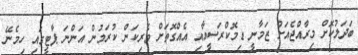
ބަދަލުކޮށް މިރާއްޖެއަށް ޒަމާނީ ޑިމޮކްރަސީއާއި އެއްގޮތަށް ވެރިކަން ކުރަމުން އަންނަ ޕާޓީގައި ހިމެނޭ